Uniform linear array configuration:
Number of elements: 64
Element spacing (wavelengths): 0.25
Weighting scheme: kaiser
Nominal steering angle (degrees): -15
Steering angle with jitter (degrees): -15.303
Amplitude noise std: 0.05
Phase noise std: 0.05

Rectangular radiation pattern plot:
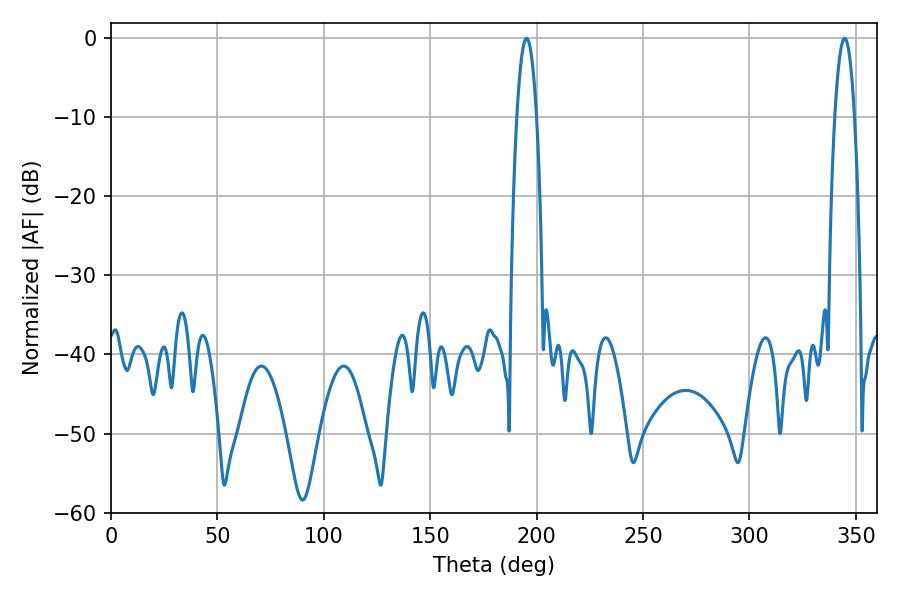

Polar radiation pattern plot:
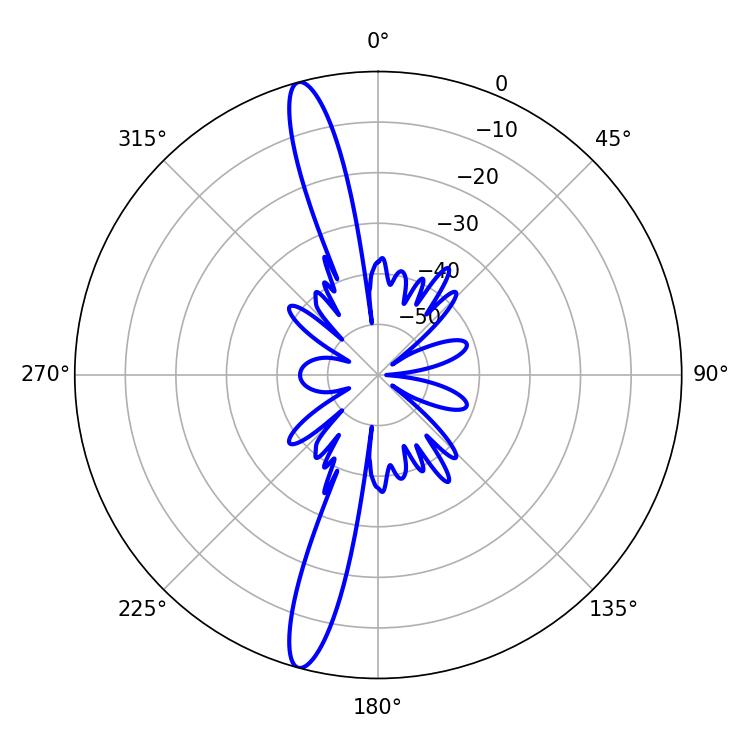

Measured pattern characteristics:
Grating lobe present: FALSE
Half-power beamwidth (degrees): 5.04
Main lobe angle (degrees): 344.7